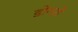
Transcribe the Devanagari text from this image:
डोनरो